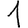
Digit: 1